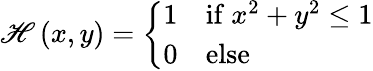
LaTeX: \mathscr{H}\left(x,y\right)={\left\{ \begin{array}{ll}{1}&{{\mathrm{if~}}x^{2}+y^{2}\leq 1}\\ {0}&{{\mathrm{else}}}\end{array}\right.}